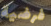
فرضية